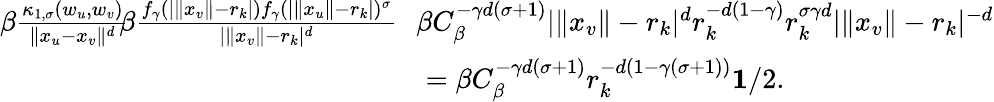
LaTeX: \begin{array}{rl}{\beta\frac{\kappa_{1,\sigma}(w_{u},w_{v})}{\| x_{u}-x_{v}\| ^{d}}\! \le\! \beta\frac{f_{\gamma}(|\| x_{v}\| -r_{k}|)f_{\gamma}(|\| x_{u}\| -r_{k}|)^{\sigma}}{|\| x_{v}\| -r_{k}|^{d}}}&{\! \le\! \beta C_{\beta}^{-\gamma d(\sigma+1)}|\| x_{v}\| -r_{k}|^{d}r_{k}^{-d(1-\gamma)}r_{k}^{\sigma\gamma d}|\| x_{v}\| -r_{k}|^{-d}}\\ &{=\beta C_{\beta}^{-\gamma d(\sigma+1)}r_{k}^{-d(1-\gamma(\sigma+1))}\le 1/2.}\end{array}